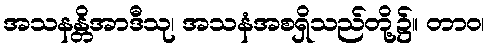
အသနန္တိအာဒီသု၊ အသနံအစရှိသည်တို့၌။ တာဝ၊